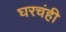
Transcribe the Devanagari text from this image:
घरचंही